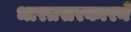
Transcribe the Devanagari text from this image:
भारतसरकारने